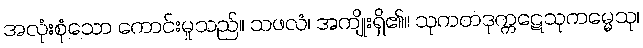
အလုံးစုံသော ကောင်းမှုသည်။ သဖလံ၊ အကျိုးရှိ၏။ သုကတဒုက္ကဋေသုကမ္မေသု၊